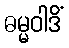
ဓမ္မဝါဒိံ